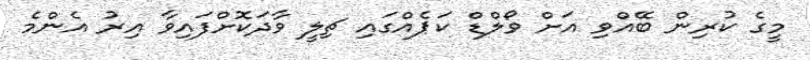
މީގެ ކުރިން ބޭއްވި އަށް ވޯލްޑް ކަޕެއްގައި ޗިލީ ވާދަކޮށްފައިވާ އިރު އެންމެ